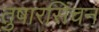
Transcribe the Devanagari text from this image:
तुषारसिंचन